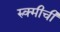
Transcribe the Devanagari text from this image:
रुक्मीची